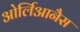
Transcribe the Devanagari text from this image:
ओर्लिआनैस